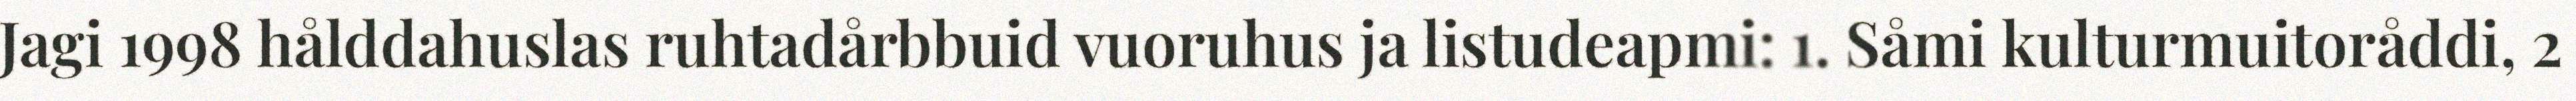
Jagi 1998 hålddahuslas ruhtadårbbuid vuoruhus ja listudeapmi: 1. Såmi kulturmuitoråddi, 2